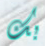
بك